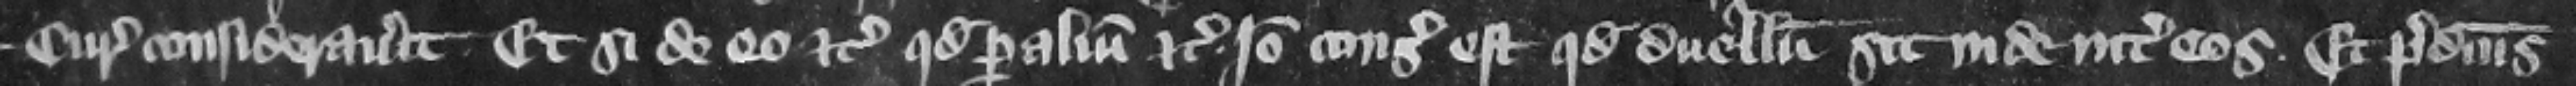
curia considerauerit. Et si de eo etc. quod per alium etc. Ideo consideratum est quod duellum sit inde inter eos. Et predictus